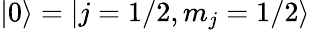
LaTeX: |0\rangle=|j=1/2,m_{j}=1/2\rangle